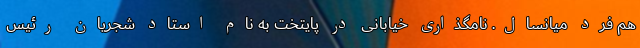
هم فرد میانسال. نامگذاری خیابانی در پایتخت به نام استاد شجریان رئیس